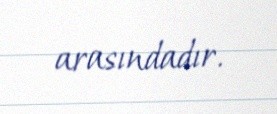
arasındadır.